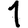
Digit: 1